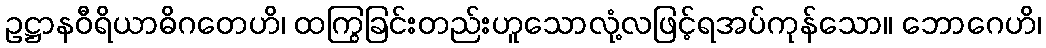
ဥဋ္ဌာနဝီရိယာဓိဂတေဟိ၊ ထကြွခြင်းတည်းဟူသောလုံ့လဖြင့်ရအပ်ကုန်သော။ ဘောဂေဟိ၊